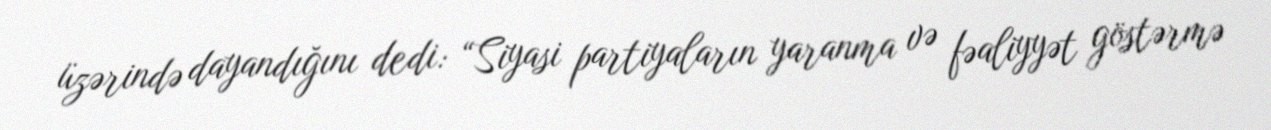
üzərində dayandığını dedi: “Siyasi partiyaların yaranma və fəaliyyət göstərmə